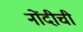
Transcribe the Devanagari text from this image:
नोंदीची